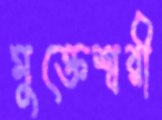
মুক্তেশ্বরী